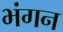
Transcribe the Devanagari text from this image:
भंगन